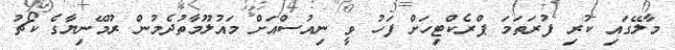
މާލޭގައި ކުރި ފުރަތަމަ ޕްރެކްޓިހަށް ފަހު ވީ ނިއުސްއަށް މައުލޫމާތުދެމުން ރޫމޭނިޔާގެ ކޯޗު